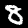
Label: 8